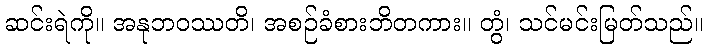
ဆင်းရဲကို။ အနုဘဝဿတိ၊ အစဉ်ခံစားဘိတကား။ တွံ၊ သင်မင်းမြတ်သည်။